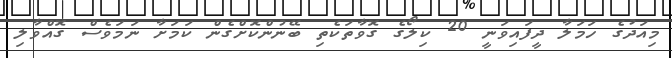
މިއަދުގެ ހަމަލާ ދީފައިވަނީ 20 ކިލޯގެ ގޮވާތަކެތި ބޭނުންކޮށްގެން ކަމަށާ ނަމަވެސް ގޮއްވާލި